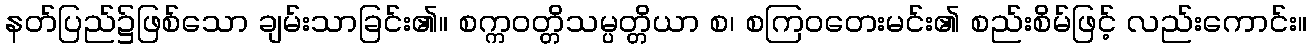
နတ်ပြည်၌ဖြစ်သော ချမ်းသာခြင်း၏။ စက္ကဝတ္တိသမ္ပတ္တိယာ စ၊ စကြဝတေးမင်း၏ စည်းစိမ်ဖြင့် လည်းကောင်း။